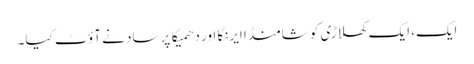
ایک، ایک کھلاڑی کو شامنڈا ایرنگا اور دھمیکا پرساد نے آؤٹ کیا۔